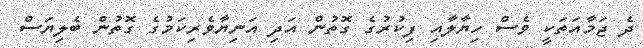
ދެ ޖަމާއަތަކީ ވެސް ހިޔާލާއި ފިކުރުގެ ގޮތުން އަދި އަނިޔާވެރިކަމުގެ ގޮތުން ބެލިޔަސް